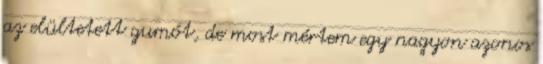
az elültetett gumót, de most mértem egy nagyon azonos